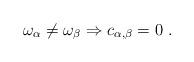
LaTeX: \begin{align*}\omega_\alpha \neq \omega_\beta \Rightarrow c_{\alpha,\beta} = 0\ .\end{align*}